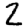
Digit: 2